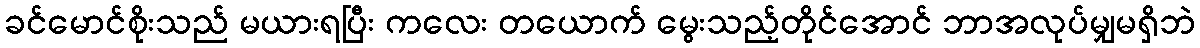
ခင်မောင်စိုးသည် မယားရပြီး ကလေး တယောက် မွေးသည့်တိုင်အောင် ဘာအလုပ်မျှမရှိဘဲ